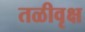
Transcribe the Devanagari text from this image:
तळीवृक्ष